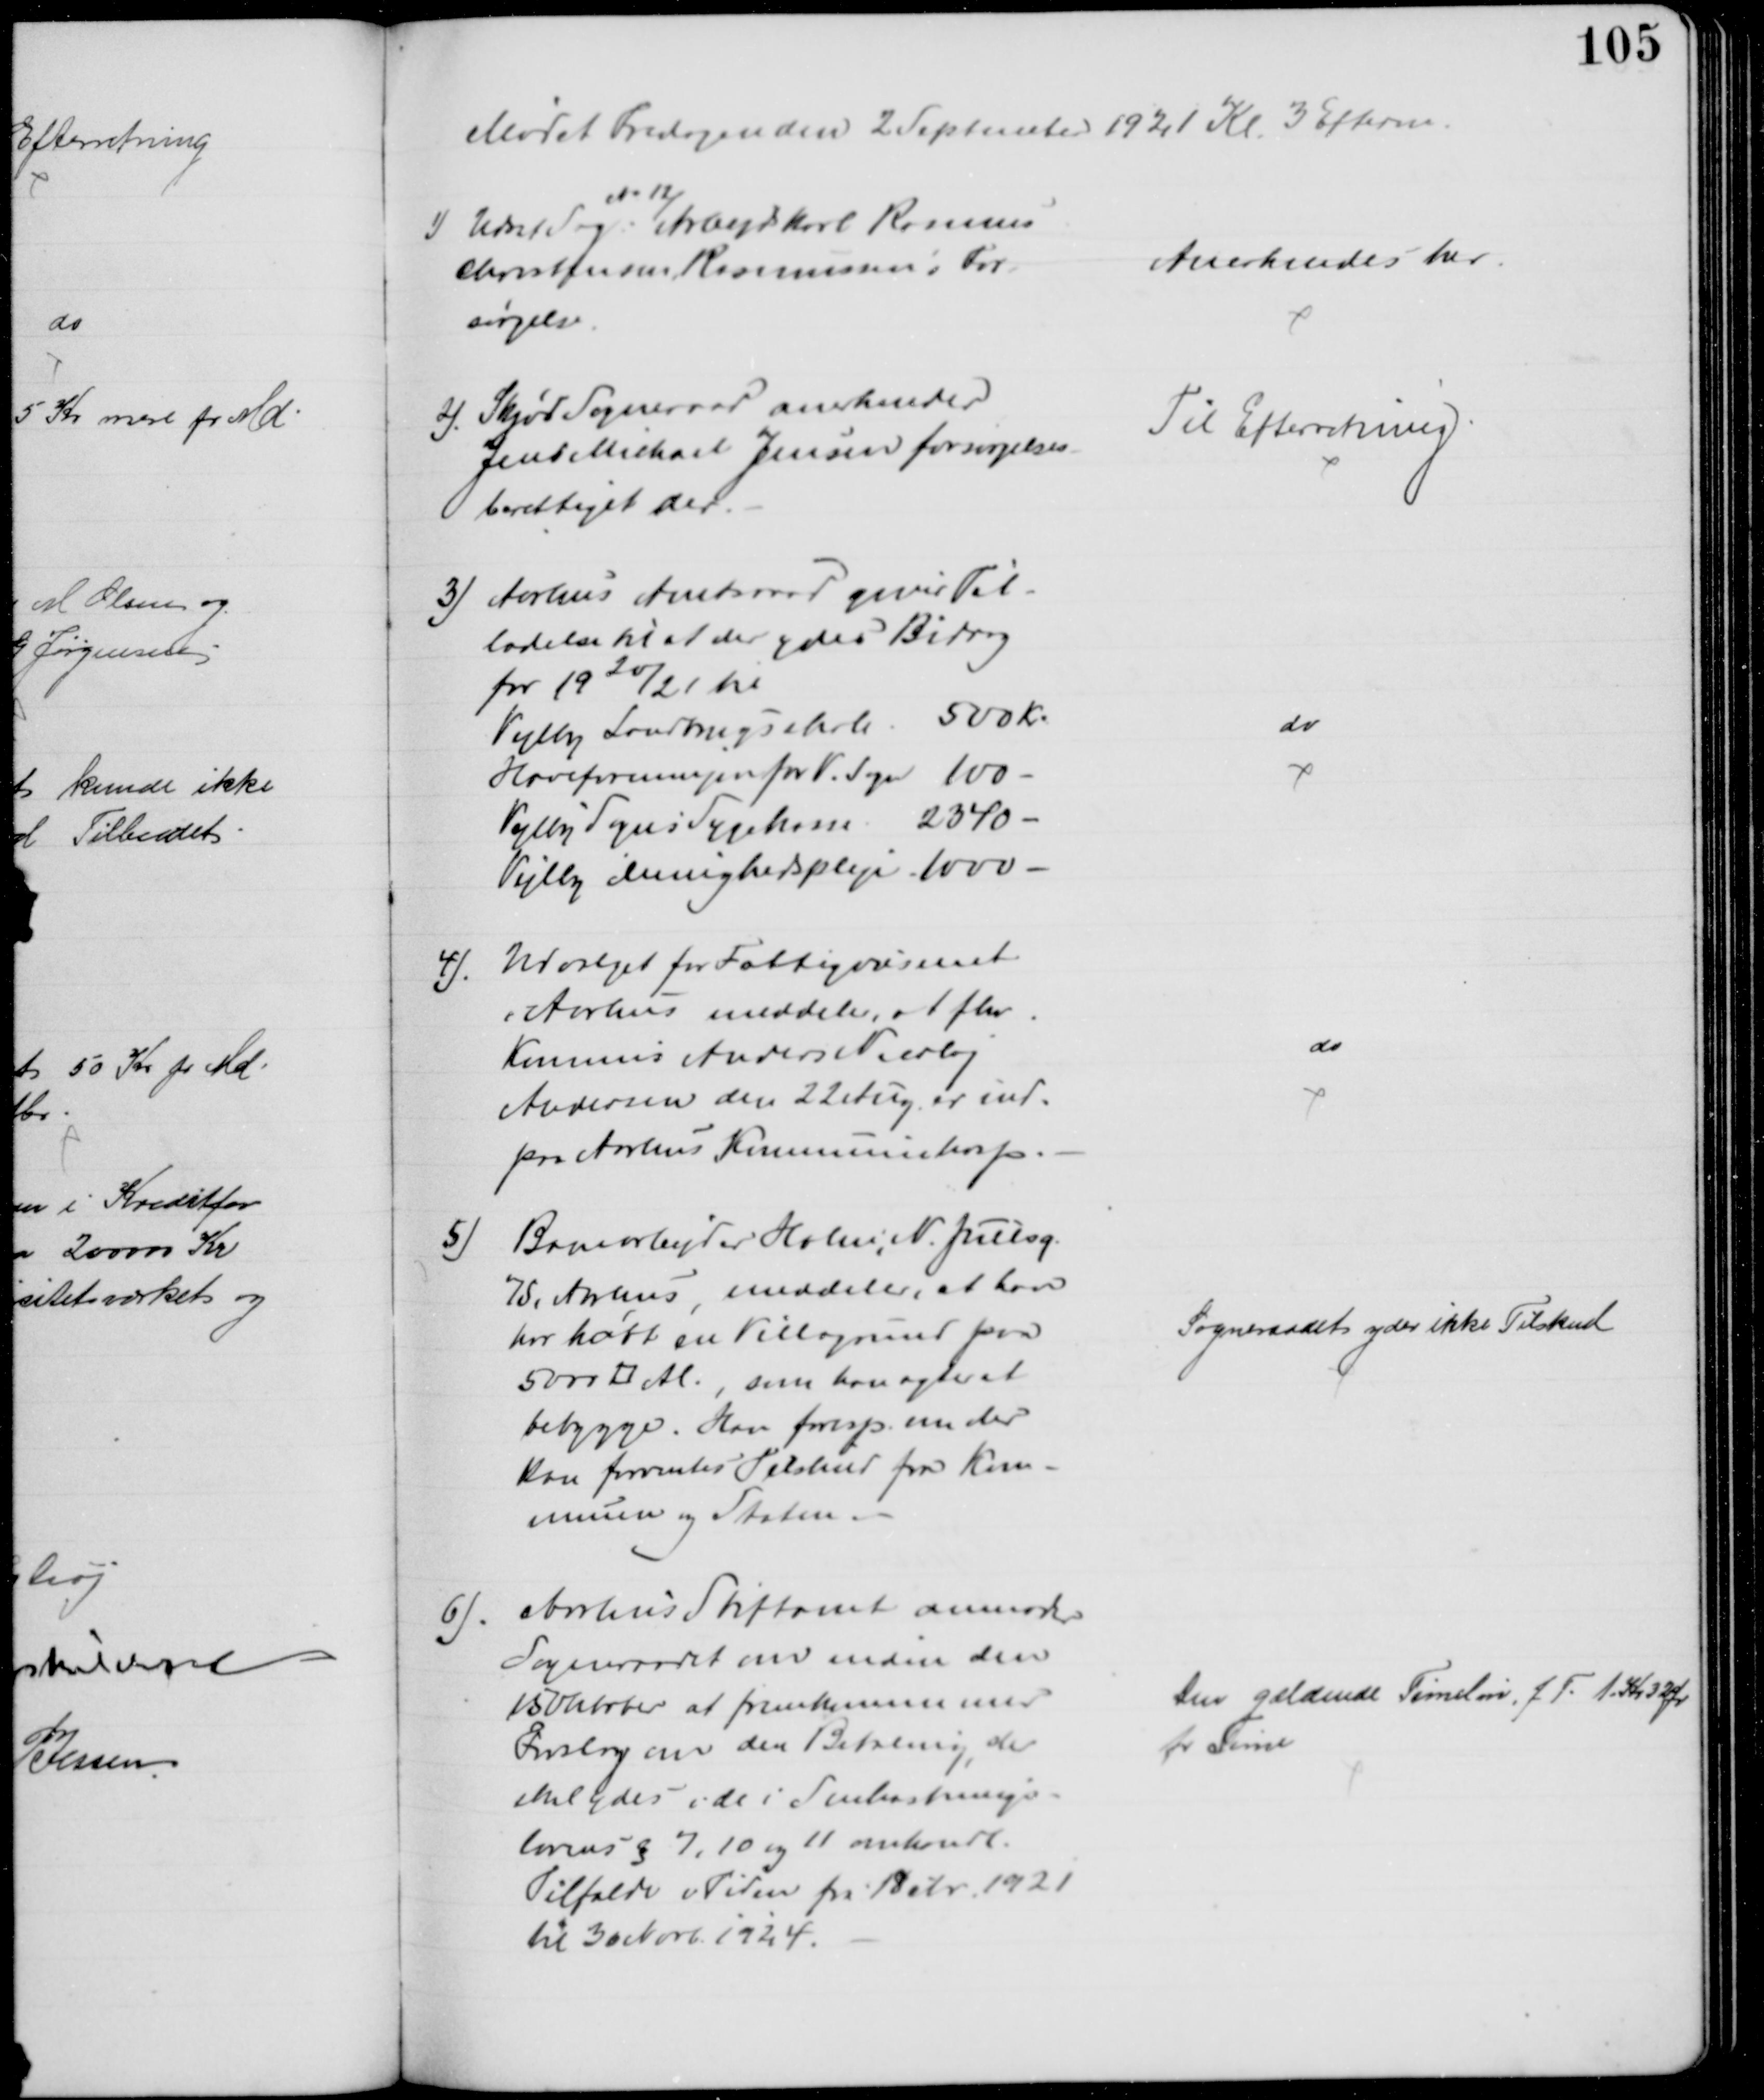
Transskription:
Mødet Fredagen den 2 September 1921 Kl. 3 Efterm.
1) Udsat Sag
№ 12
Arbejdskarl Rasmus
Christensen Rasmussens For
sørgelse
Anerkendes her.
2. Skjød Sogneraad anerkender
Jens Michael Jensen forsørgelses-
berettiget der.
Til Efterretning
3) Aarhus Amtsraad giver Til-
ladelse til at der ydes Bidrag
for 1920/21 til
Vejlby Landbrugsskole 500 Kr
Haveforeningen for V. Sogn 100 
Vejlby Sogns Sygekasse. 2340 
Vejlby Menighedspleje 1000
do
4)
Udvalget for Fattigvæsenet
i Aarhus meddeler, at fhv
Kommis Anders Nicolaj
Andersen den 22 Aug. er ind.
paa Aarhus Kommunehosp.
do
5)
Banearbejder Holm, N. Juelsg.
75, Aarhus, meddeler, at han
har købt en Villagrund paa
5000 □ Al., som han agter at
bebygge. Han foresp. om der
kan forventes Tilskud fra Kom-
munen og Staten.
Sogneraadet yder ikke Tilskud
6). Aarhus Stiftamt anmoder
Sogneraadet om inden den
15 Oktober at fremkomme med
Forslag om den Betaling, der
skal ydes i de i Snekastnings-
lovens § 7,10 og 11 omhandl.
Tilfælde i Tiden fra 1 Debr 1921
til 30 Novb. 1924.
Den gældende Timeløn f. T. 1 Kr. 32 Ør
pr Time